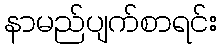
နာမည်ပျက်စာရင်း